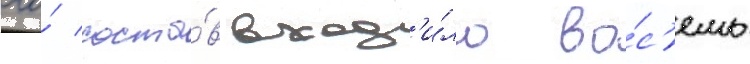
его́ соста́в вход'и́ло во́с'емь